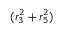
( r _ { 3 } ^ { 2 } + r _ { 5 } ^ { 2 } )